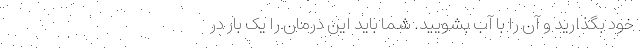
خود بگذارید و آن را با آب بشویید. شما باید این درمان را یک بار در